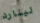
لينارد